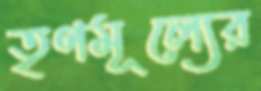
তৃণমূল্যের